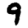
Digit: 9